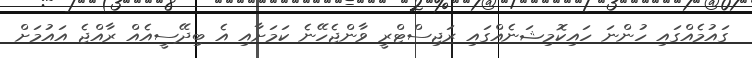
ގައުމެއްގައި ހުންނަ ހައިކޮމިޝަނެއްގައި ރަޖިސްޓްރީ ވާންޖެހޭނެ ކަމަށާއި އެ ބިދޭސީއެއް ރާއްޖެ އައުމަށް